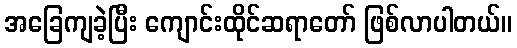
အခြေကျခဲ့ပြီး ကျောင်းထိုင်ဆရာတော် ဖြစ်လာပါတယ်။